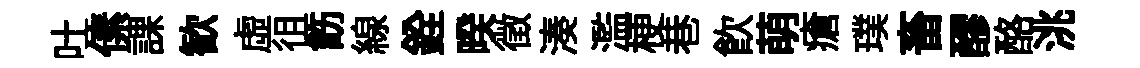
吐傃課歓虚徂飭線銓暌徵湊濫梗巷飮萌瘡璞畜醪酪洮